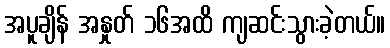
အပူချိန် အနှုတ် ၁၆အထိ ကျဆင်းသွားခဲ့တယ်။